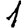
Digit: 1